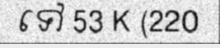
ទៅ 53 K (220